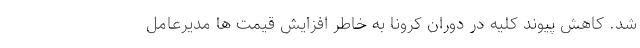
شد. کاهش پیوند کلیه در دوران کرونا به خاطر افزایش قیمت ها مدیرعامل